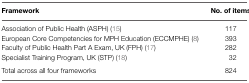
| Framework | No. of items |
 | --- | --- |
 | Association of Public Health (ASPH) (15) | 117 |
 | European Core Competencies for MPH Education (ECCMPHE) (8) | 393 |
 | Faculty of Public Health Part A Exam, UK (FPH) (17) | 282 |
 | Specialist Training Program, UK (STP) (18) | 32 |
 | Total across all four frameworks | 824 |